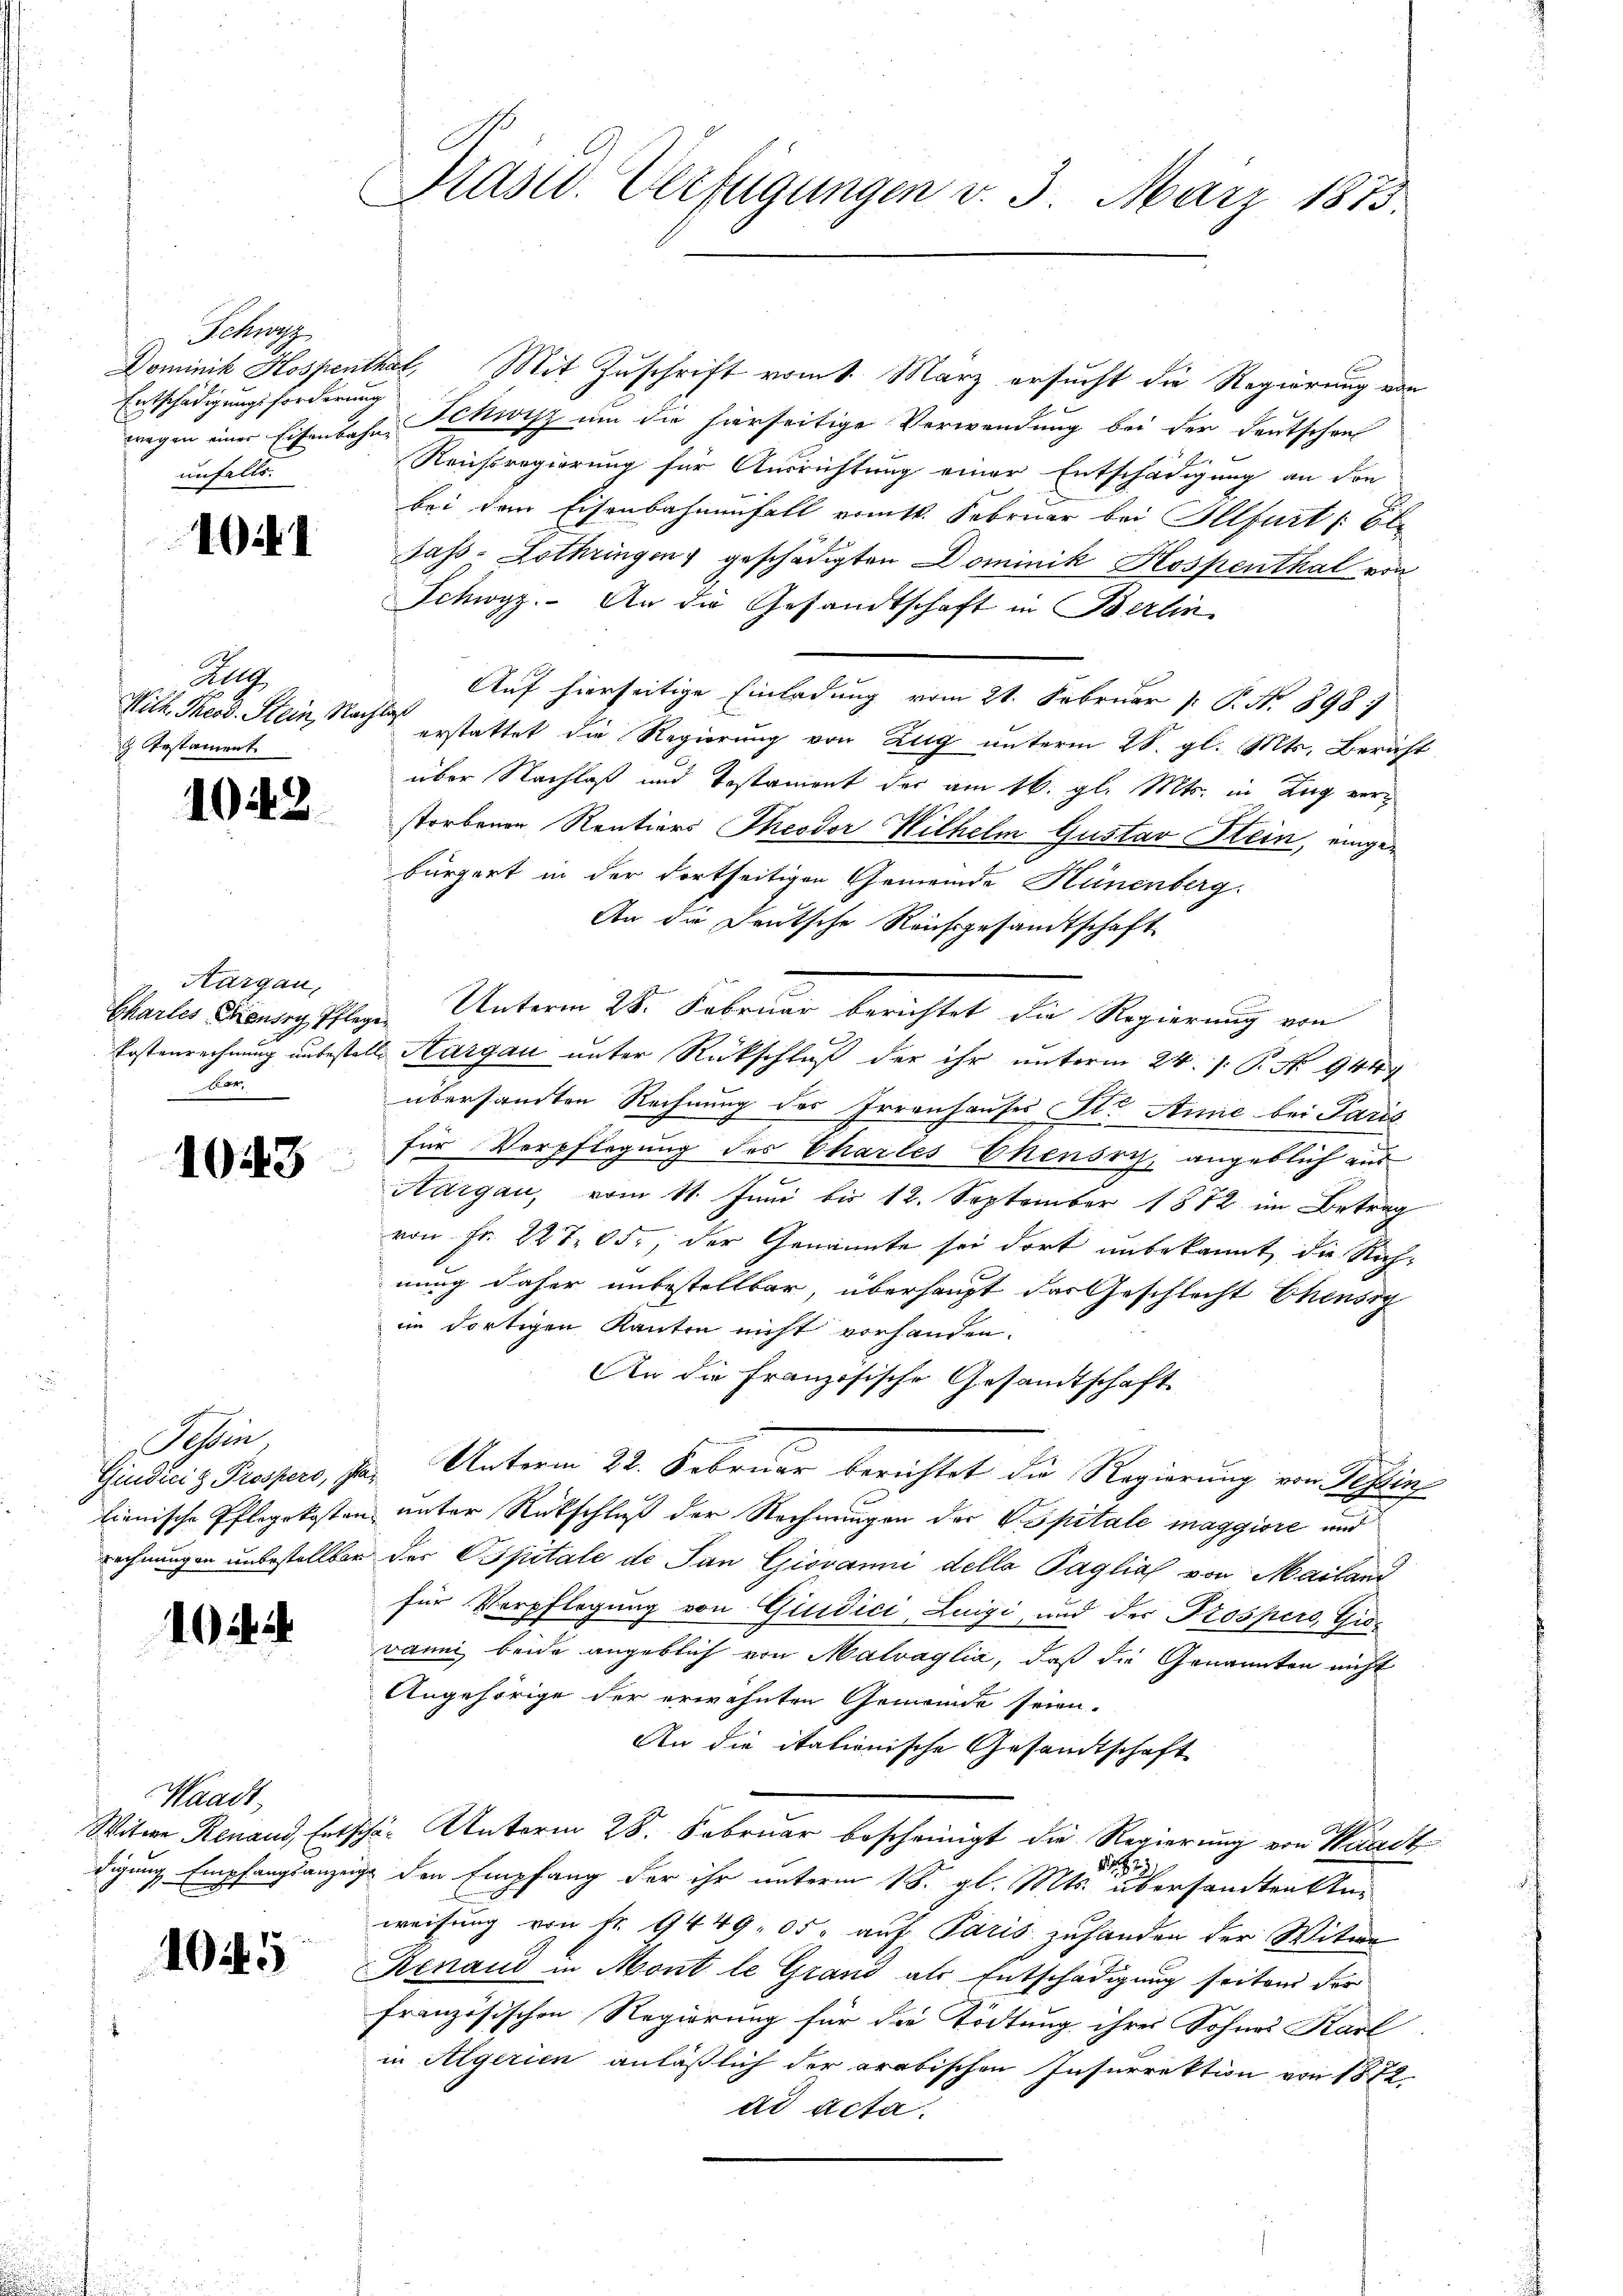
Schwa
Entschädigungsforderung
unfalls.

101

Gelt
 Testament

1043

Aargau,
Ber

1043

Tessin,

104.

Waadt,

1045

Prasur. Verfügungen v. 3. März 1873.

Dominik Hospenthal, Mit Zuschrift vom 1. März ersucht die Regierung von
wegen einer Eisenbahn, Pettwisz um die herseitige Verwendung bei der Deutschen
Reussregierung für Ausrichtung einer Entschädigung an den
bei dem Eisenbahnenfall vom 1. Februar bei Illfurt /: 6
Jass-Lothringen geschädigten Dominik Hospenthal von
Schwyz. An die Gesandtschaft in Berlin
Auf hierseitige Einladung vom 21. Februar [ P. No 898.
With. Theod. Stein, Nach erstattet die Regierung von Zug unterm 28. gl. Mts. Bericht
über Nachlaß und Testament der am 16. gl. Mts. in Zug verstorbenen Rentiers Theodor Wilhelm Gustav Stein, eingebürgert in der dortseitigen Gemeinde Hünenberg.
An die Deutsche Reichsgesandtschaft
Charler Band Pflege Unterm 28. Februar berichtet die Regierung von
Kostenrechnung unbestelle Sargau unter Rückschluß der ihr unterm 24. s. B. No 9419
übersandten Rechnung des Irrenhauses St. Annie bei Paris
für Verpflegung des Chartes Ehenöry, angeblich aus
Aargau, vom 11. Juni bis 12. September 1872 im Betrag
von Fr. 227 05., der Genannte sei dort unbekannt, die Rich-
nung daher unbestellbar, überhaupt das Geschlecht Chensy
im dortigen Kanton nicht vorhanden.
An die Französische Gesandtschaft
Giudici z. Pressero, par Unterm 22. Februar berichtet die Regierung von Sessing
lienische Pflegekosten unter Rückschluß der Rechnungen der Vapitale maggiore und
rechnungen unbestellbar der Spitale de Jan Giovanni della Paglial von Mailand
für Verpflegung von Giudici, Luigi, und der Prospers, Guvanni beide angeblich von Malvaglia, daß die Genannten nicht
Angehörige der erwähnten Gemeinde seien.
An die itationische Gesandtschaft
Witwe Renaud, Entschä- Unterm 28. Februar bescheinigt die Regierung von Waadt
1
223
digung Empfangsanzeige den Empfang der ihr unterm 18. gl. Mts. übersandten Anweisung von Fr. 9449. 05. auf Paris zuhanden der Witwe
Renaud in Mont le Grand als Entschädigung seitens der
französischen Regierung für die Tödtung ihres Sohnes Karl
in Algerien anläßlich der arabischen Insurrektion von 1872.
dd Acta.